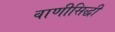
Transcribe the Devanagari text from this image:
वाणीसिद्धी